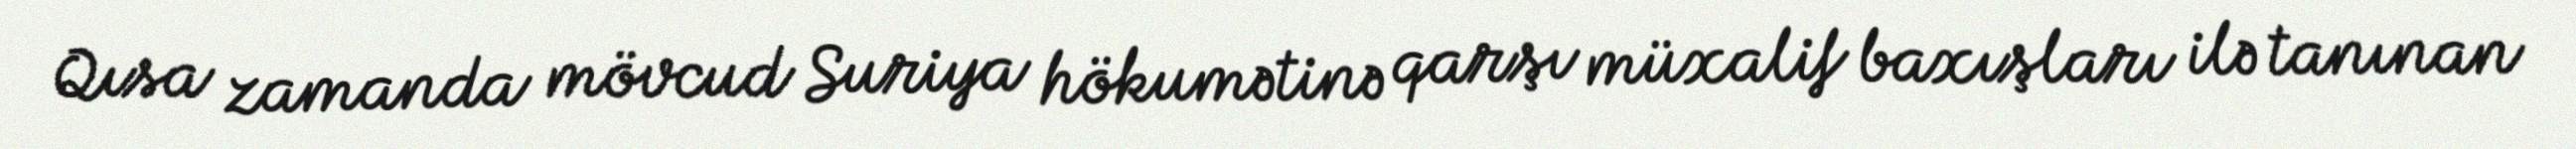
Qısa zamanda mövcud Suriya hökumətinə qarşı müxalif baxışları ilə tanınan